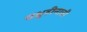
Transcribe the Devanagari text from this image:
चक्षुहीनाची